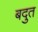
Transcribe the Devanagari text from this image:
बदुत